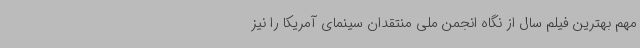
مهم بهترین فیلم سال از نگاه انجمن ملی منتقدان سینمای آمریکا را نیز